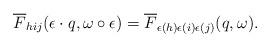
LaTeX: \begin{align*}\overline{F}_{hij}(\epsilon\cdot q,\omega \circ \epsilon)= \overline{F}_{\epsilon(h)\epsilon(i)\epsilon(j)}(q,\omega).\end{align*}